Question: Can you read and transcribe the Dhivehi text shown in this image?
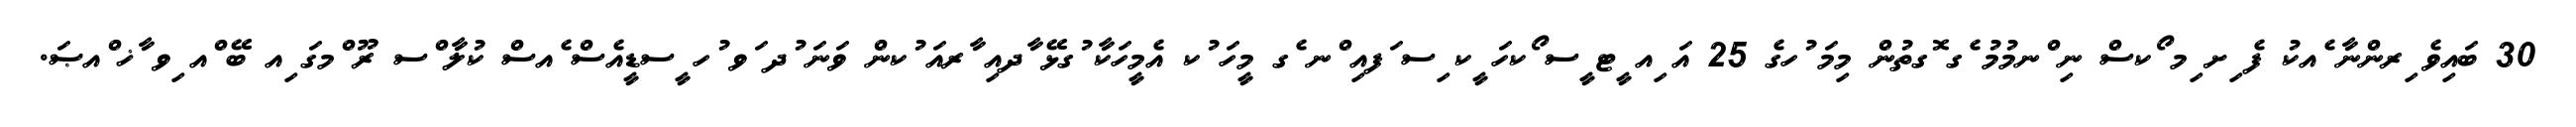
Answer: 30 ބައިވެ ިރންނާ ެއކު ފެ ިށ ިމ ޯކސް ނި ްނމުމު ެގ ޮގތުން މިމަ ުހގެ 25 އަ ިއ ީޓ ީސ ޯކހަ ީކ ިސ ަފއި ްނ ެގ މީހަ ުކ އެމީހަކާ ުގޅޭ ާދއި ާރއަ ުކން ވަނަ ުދ ަވ ުހ ީސޑީއެސް ެއސް ކުލާ ްސ ރޫ ްމގަ ިއ ބޭ ްއ ިވ ާޚ ްއޞަ.